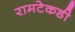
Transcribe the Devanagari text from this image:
रामटेकडी